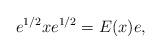
LaTeX: \begin{align*}e^{1/2}xe^{1/2}=E(x)e ,\end{align*}